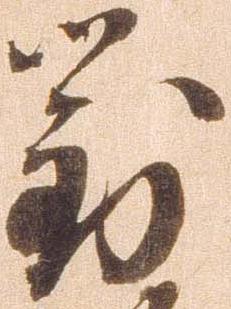
対